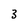
Character: 3